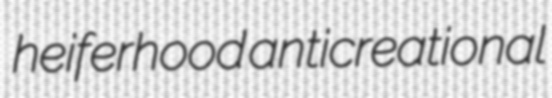
heiferhood anticreational